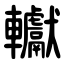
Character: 䡾